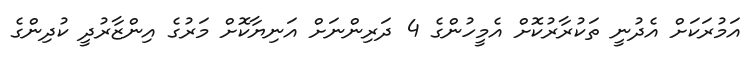
އަމުރަކަށް އެދުނީ ތަކުރާރުކޮށް އެމީހުންގެ 4 ދަރިންނަށް އަނިޔާކޮށް މަރުގެ އިންޒާރުދީ ކުދިންގެ